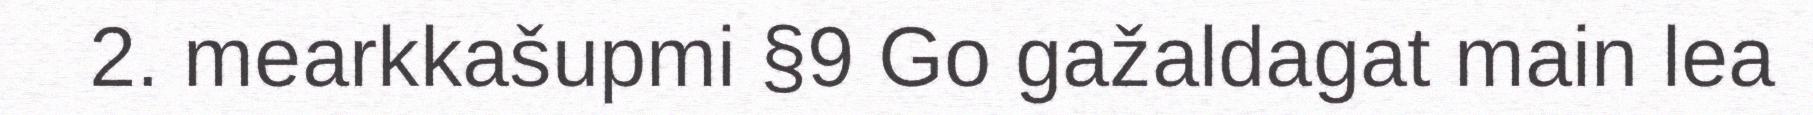
2. mearkkašupmi §9 Go gažaldagat main lea